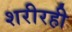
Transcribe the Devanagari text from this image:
शरीरही